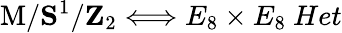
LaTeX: \mathrm{M}/{\mathbf S}^{1}/{\mathbf Z}_{2}\Longleftrightarrow E_{8}\times E_{8}\ Het